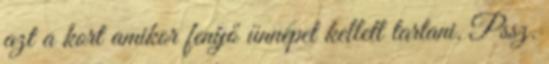
azt a kort amikor fenyő ünnepet kellett tartani. Pssz.